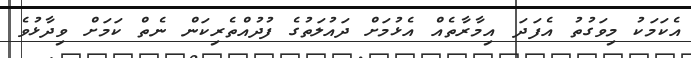
އެކަމަކު މިވަގުތު އެފަދަ އިމާރާތެއް އެޅުމަށް ދައުލަތުގެ ފުދުއްތެރިކަން ނެތް ކަމަށް ވިދާޅުވެ